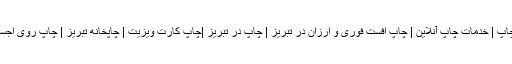
گچیندیر چاپ | خدمات چاپ آنلاین | چاپ افست فوری و ارزان در تبریز | چاپ در تبریز |چاپ کارت ویزیت | چاپخانه تبریز | چاپ روی اجسام | فلکس